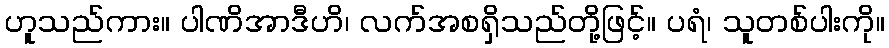
ဟူသည်ကား။ ပါဏိအာဒီဟိ၊ လက်အစရှိသည်တို့ဖြင့်။ ပရံ၊ သူတစ်ပါးကို။